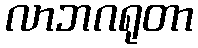
လာဘဂရုတာ